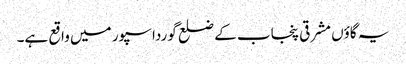
یہ گاؤں مشرقی پنجاب کے ضلع گورداسپور میں واقع ہے۔